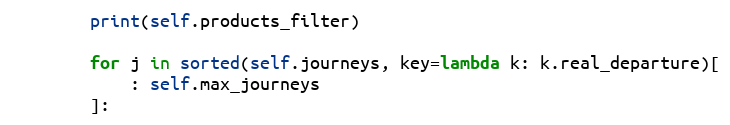
Language: Python
        print(self.products_filter)

        for j in sorted(self.journeys, key=lambda k: k.real_departure)[
            : self.max_journeys
        ]: